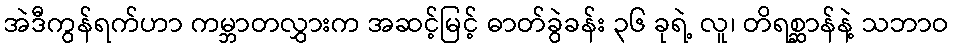
အဲဒီကွန်ရက်ဟာ ကမ္ဘာတလွှားက အဆင့်မြင့် ဓာတ်ခွဲခန်း ၃၆ ခုရဲ့ လူ၊ တိရစ္ဆာန်နဲ့ သဘာဝ